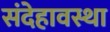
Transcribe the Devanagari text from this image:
संदेहावस्था